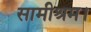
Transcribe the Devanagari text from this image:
सामीश्रम।